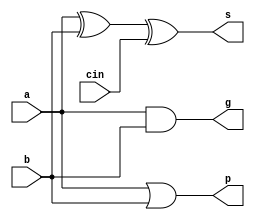
`timescale 1ns / 1ps
//////////////////////////////////////////////////////////////////////////////////
// Company: 
// Engineer: 
// 
// Design Name: 
// Module Name: ripple_carry_adder
// Project Name: 
// Target Devices: 
// Tool Versions: 
// Description: 
// 
// Dependencies: 
// 
// Revision:
// Revision 0.01 - File Created
// Additional Comments:
// 
//////////////////////////////////////////////////////////////////////////////////


module fulladder(
    input wire b, // number 1
    input wire a, // number 2
    input wire cin,     // carry in 
    output wire s, // sum
    output wire p, 
    output wire g
    );

// delay parameters
parameter AND_DELAY = 2;
parameter XOR_DELAY = 2;
parameter INV_DELAY = 2;

// full adder for carry-lookahead
xor #(XOR_DELAY) sum (s, a, b, cin);
or #(AND_DELAY) pro (p, a, b);
and #(AND_DELAY) gen (g, a, b);

endmodule